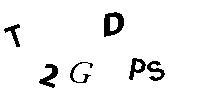
T2GDPS